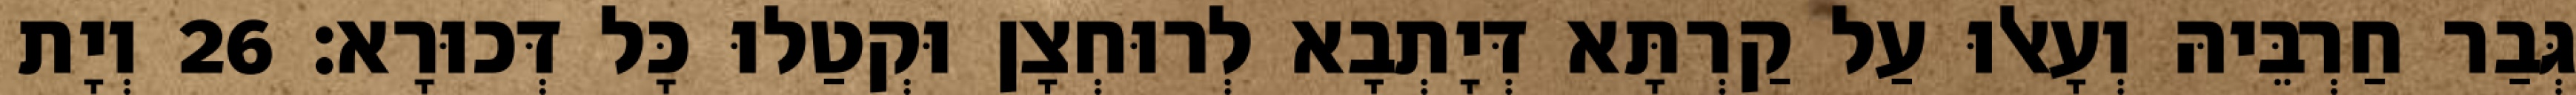
גְּבַר חַרְבֵּיהּ וְעָאלוּ עַל קַרְתָּא דְּיָתְבָא לְרוּחְצָן וּקְטַלוּ כָּל דְּכוּרָא׃ 26 וְיָת